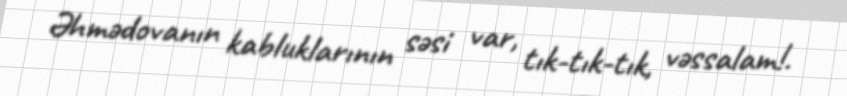
Əhmədovanın kabluklarının səsi var, tık-tık-tık, vəssalam!.